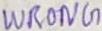
Text: WRONG